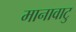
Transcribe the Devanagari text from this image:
मानावाटु